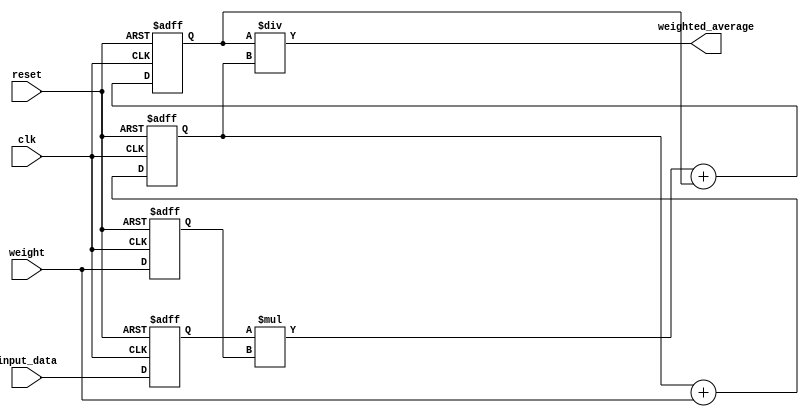
module weighted_moving_average_accumulator (
    input wire clk,
    input wire reset,
    input wire [7:0] input_data,
    input wire [7:0] weight,
    output reg [15:0] weighted_average
);

reg [15:0] sum;
reg [7:0] prev_input_data;
reg [7:0] prev_weight;
reg [7:0] total_weight;

always @(posedge clk or posedge reset) begin
    if (reset) begin
        sum <= 0;
        prev_input_data <= 0;
        prev_weight <= 0;
        total_weight <= 0;
    end else begin
        sum <= (prev_input_data * prev_weight) + sum;
        prev_input_data <= input_data;
        prev_weight <= weight;
        total_weight <= total_weight + weight;
    end
end

always @(*) begin
    weighted_average <= sum / total_weight;
end

endmodule